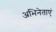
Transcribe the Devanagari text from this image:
अभिनेताएं